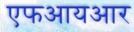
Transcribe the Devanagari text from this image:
एफआयआर